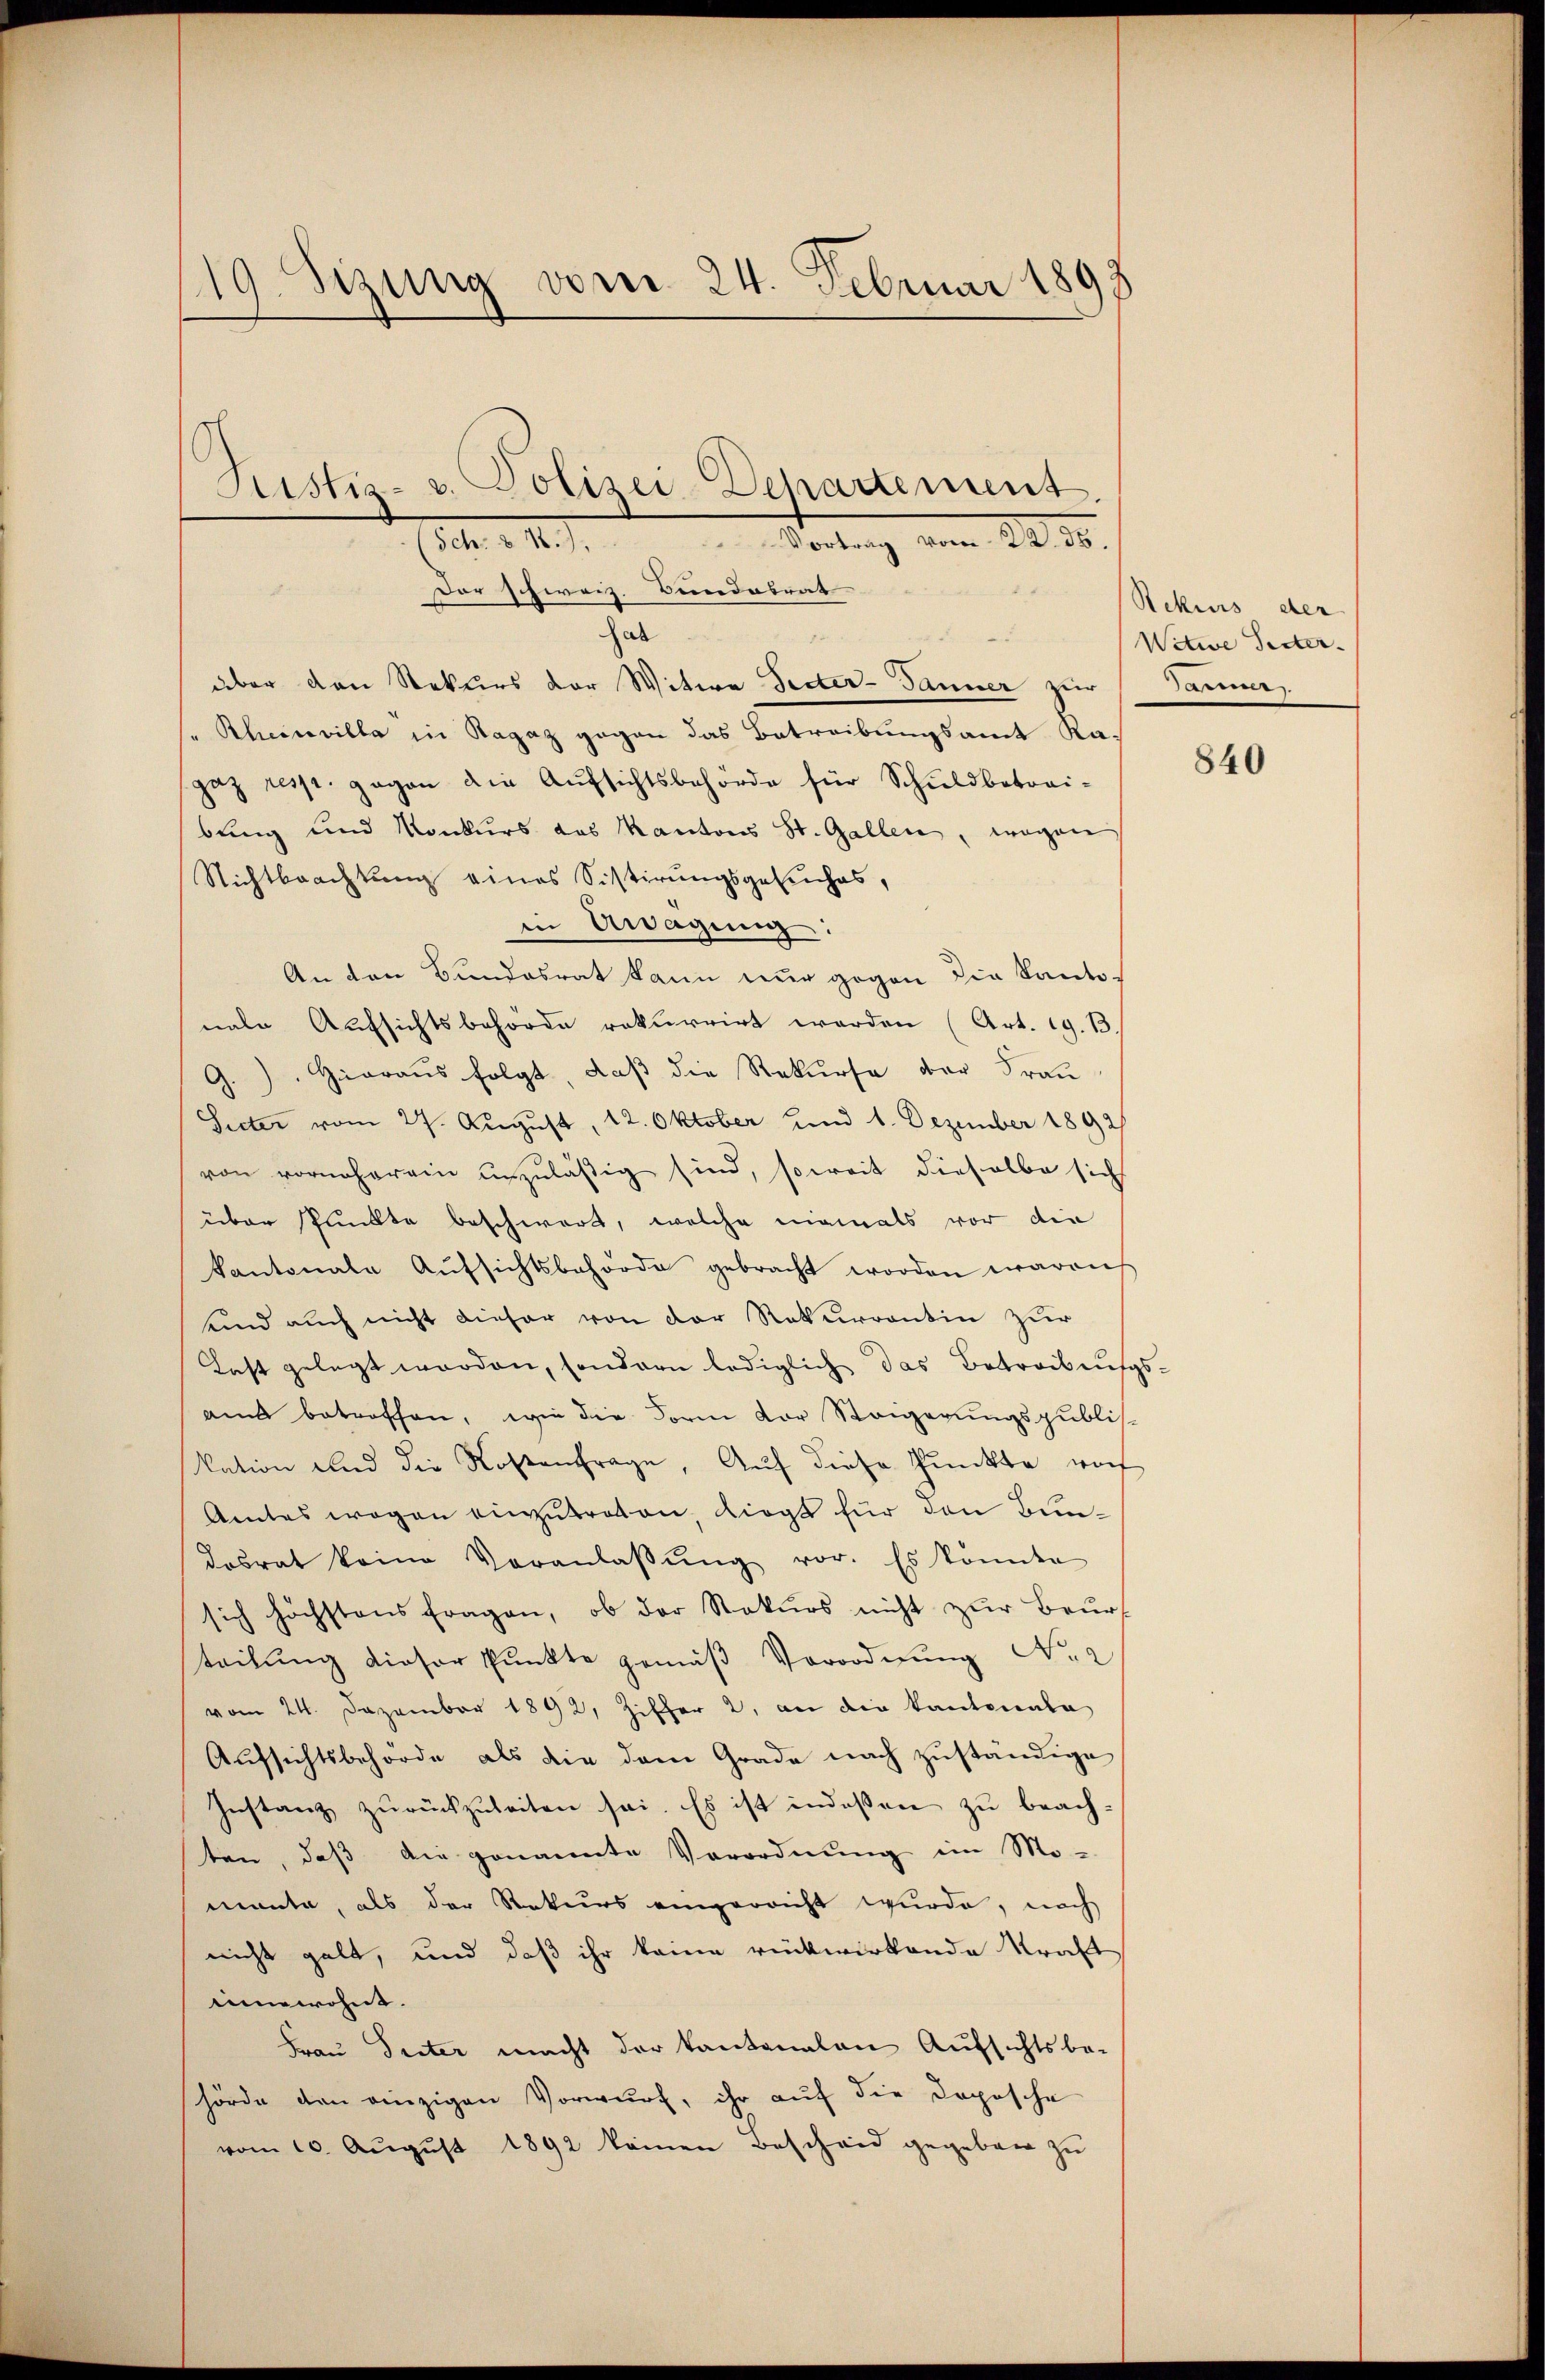
119. Sizung vom 24. Februar 1893

Jab
e
über den Rekurs der Witwe Seiter-Tanner zur Sauers
Rheinvilla in Ragaz gegen das Betreibungsamt Ra-
gaz resp. gegen die Aufsichtsbehörde für Schuldbetrei-
bung und Konkurs das Kantons St. Gallen, wegen
Nichtbeachtung eines Sistirungsgesuches,
in Anlagung:
An den Bundesrat kann nur gegen die Kantonale Aufsichtsbehörde rekurrirt werden (Art. 19. 13.
G.). Hieraus folgt, daß die Rekurse der Frau
Sieter vom 27. August, 12. Oktober und 1. Dezember 1892/
von vorneherein unzuläßig sind, soweit dieselbe sich
über Punkte beschwert, welche niemals vor die
kantonale Aŭfsichtsbehörde gebracht worden waren
und auch nicht dieser von der Rekurrentin zŭr
Last gelegt worden, sondern lediglich das Betreibungs-
am betreffen, wie die Form der Steigerungspublis.
kation und die Kostenfrage, Auf diese Punkte woch
Amtes wegen einzŭtreten, dings für den Bundesrat keine Veranlaβŭng vor. Es könte
sich höchstens Fragen, ob der Rekurs nicht zur Beurt
teilung dieser Punkte gemäß Verordnung Nr. 2
vom 24. Dezember 1892, Ziffer 2, an die Kantonala
Aufsichtsbehörde als die dem Grade nach zuständige
Instanz zŭrückzuleiten sei. Es ist indeßen zu beachten, daß die genannte Verordnung im Momante, als der Rekurs eingerricht wurde, noch
nicht gelt, und daß ihr keine rückwirkende Kraft
unwohnt.
Frau Seiter macht der kantonalen Aufsichtsbehörde den einzigen Vorwurf, ihr auf die Dopische
vom 10. August 1892 keinen Bescheid gegeben zu

Justiz- u. Polizei-Departement.
10. d. 14. . . . . . . . . Vortrag vom 24. 36.
der schweiz. Bundesrat

Rekurs der
Witwe Seiter.

840